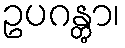
ဥပဂန္တွာ၊